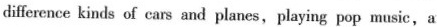
difference kinds of cars and planes,playing pop music, a